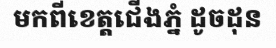
មកពីខេត្តជើងភ្នំ ដូចដុន